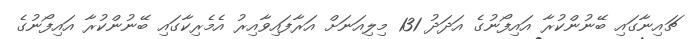
ޗައިނާގައި ބޭނުންކުރާ އައިފޯނުގެ އަދަދު 131 މިލިއަނަށް އަރާފައިވާއިރު އެމެރިކާގައި ބޭނުންކުރާ އައިފޯނުގެ